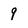
Character: 9